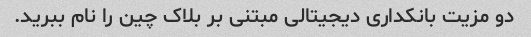
دو مزیت بانکداری دیجیتالی مبتنی بر بلاک چین را نام ببرید.